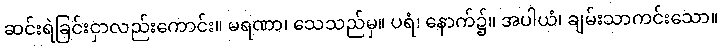
ဆင်းရဲခြင်းငှာလည်းကောင်း။ မရဏာ၊ သေသည်မှ။ ပရံ၊ နောက်၌။ အပါယံ၊ ချမ်းသာကင်းသော။